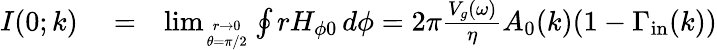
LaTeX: \begin{array}{rlr}{I(0;k)}&{{}=}&{\operatorname*{lim}_{r\to 0\atop\theta=\pi/2}\oint rH_{\phi 0}\, d\phi=2\pi\frac{V_{g}(\omega)}{\eta}A_{0}(k)(1-\Gamma_{\mathrm{in}}(k))}\end{array}